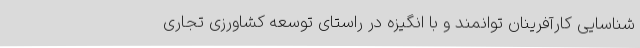
شناسایی کارآفرینان توانمند و با انگیزه در راستای توسعه کشاورزی تجاری